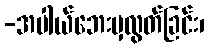
-အပါယ်ဘေးမှလွတ်ခြင်း၊